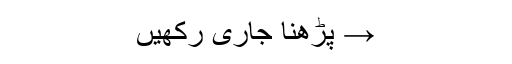
→ پڑھنا جاری رکھیں